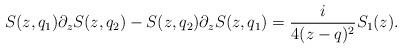
LaTeX: \begin{align*}S(z,q_1)\partial_zS(z,q_2) -S(z,q_2)\partial_zS(z,q_1) = {i \over 4 (z-q)^2} S_1(z) .\end{align*}